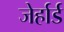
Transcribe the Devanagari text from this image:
जेर्हार्ड